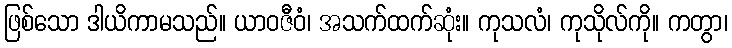
ဖြစ်သော ဒါယိကာမသည်။ ယာဝဇီဝံ၊ အသက်ထက်ဆုံး။ ကုသလံ၊ ကုသိုလ်ကို။ ကတွာ၊